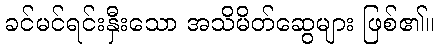
ခင်မင်ရင်းနှီးသော အသိမိတ်ဆွေများ ဖြစ်၏။